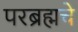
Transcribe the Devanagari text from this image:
परब्रह्मचे